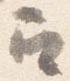
召